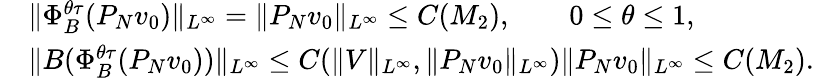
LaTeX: \begin{array}{rl}&{\| \Phi_{B}^{\theta\tau}(P_{N}v_{0})\| _{L^{\infty}}=\| P_{N}v_{0}\| _{L^{\infty}}\leq C(M_{2}),\qquad 0\leq\theta\leq 1,}\\ &{\| B(\Phi_{B}^{\theta\tau}(P_{N}v_{0}))\| _{L^{\infty}}\leq C(\| V\| _{L^{\infty}},\| P_{N}v_{0}\| _{L^{\infty}})\| P_{N}v_{0}\| _{L^{\infty}}\leq C(M_{2}).}\end{array}